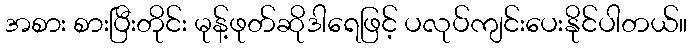
အစား စားပြီးတိုင်း မုန့်ဖုတ်ဆိုဒါရေဖြင့် ပလုပ်ကျင်းပေးနိုင်ပါတယ်။